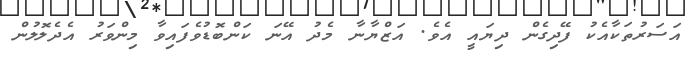
އަސަރުތަކާއެކު ފޭދިގެން ދިޔައީ އެވެ. އަޒްޔާނާ މެދު އޭނަ ކަންބޮޑުވެފައިވާ މިންވަރު އެދެލޮލުން